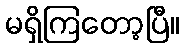
မရှိကြတော့ပြီ။